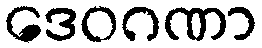
ဒေဝဂဏာ